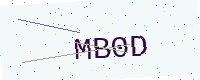
Text: MB0D